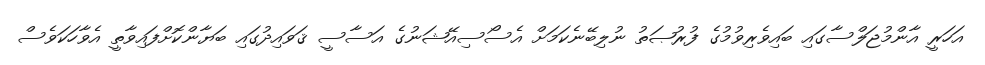
އަހަރީ އާންމުޖަލްސާގައި ބައިވެރިވުމުގެ ފުރުޞަތު ނުލިބޭނެކަމަށް އެސޯސިއޭޝަނުގެ އަސާސީ ޤަވައިދުގައި ބަޔާންކޮށްފައިވާތީ އެވާހަކަވެސް